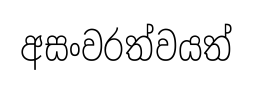
අසංවරත්වයත්